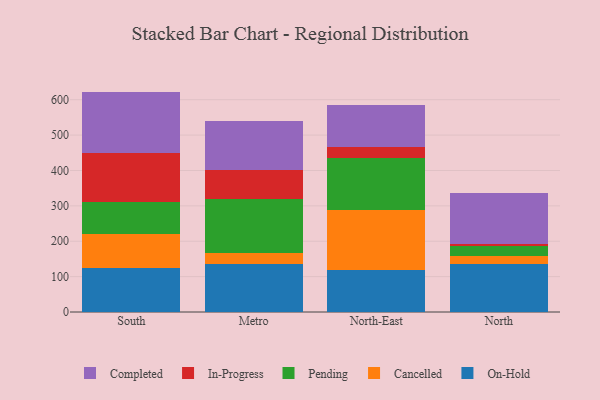
{"axis": {"x": "Region", "y": "Customer Acquisition Cost (USD)"}, "legend": ["Cancelled", "Completed", "In-Progress", "On-Hold", "Pending"], "data": [{"x": "South", "y": 123.5, "type": "On-Hold"}, {"x": "South", "y": 97.7, "type": "Cancelled"}, {"x": "South", "y": 88.8, "type": "Pending"}, {"x": "South", "y": 138.0, "type": "In-Progress"}, {"x": "South", "y": 174.9, "type": "Completed"}, {"x": "Metro", "y": 135.8, "type": "On-Hold"}, {"x": "Metro", "y": 32.1, "type": "Cancelled"}, {"x": "Metro", "y": 152.1, "type": "Pending"}, {"x": "Metro", "y": 81.8, "type": "In-Progress"}, {"x": "Metro", "y": 137.8, "type": "Completed"}, {"x": "North-East", "y": 118.7, "type": "On-Hold"}, {"x": "North-East", "y": 169.5, "type": "Cancelled"}, {"x": "North-East", "y": 147.2, "type": "Pending"}, {"x": "North-East", "y": 30.0, "type": "In-Progress"}, {"x": "North-East", "y": 118.5, "type": "Completed"}, {"x": "North", "y": 136.4, "type": "On-Hold"}, {"x": "North", "y": 22.6, "type": "Cancelled"}, {"x": "North", "y": 27.5, "type": "Pending"}, {"x": "North", "y": 6.6, "type": "In-Progress"}, {"x": "North", "y": 143.2, "type": "Completed"}]}